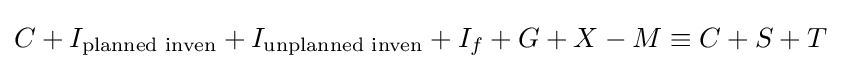
C+I_{\text{planned inven}}+I_{\text{unplanned inven}}+I_{f}+G+X-M\equiv C+S+T